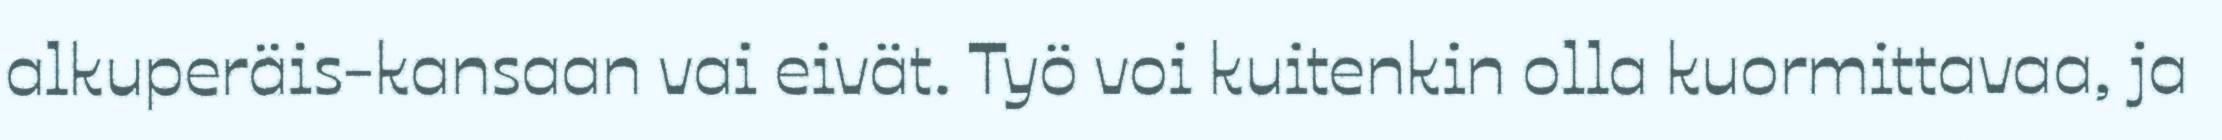
alkuperäis-kansaan vai eivät. Työ voi kuitenkin olla kuormittavaa, ja